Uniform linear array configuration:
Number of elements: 48
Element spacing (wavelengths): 1
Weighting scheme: exponential
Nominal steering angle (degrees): -45
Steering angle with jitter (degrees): -45.689
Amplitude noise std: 0.05
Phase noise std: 0.05

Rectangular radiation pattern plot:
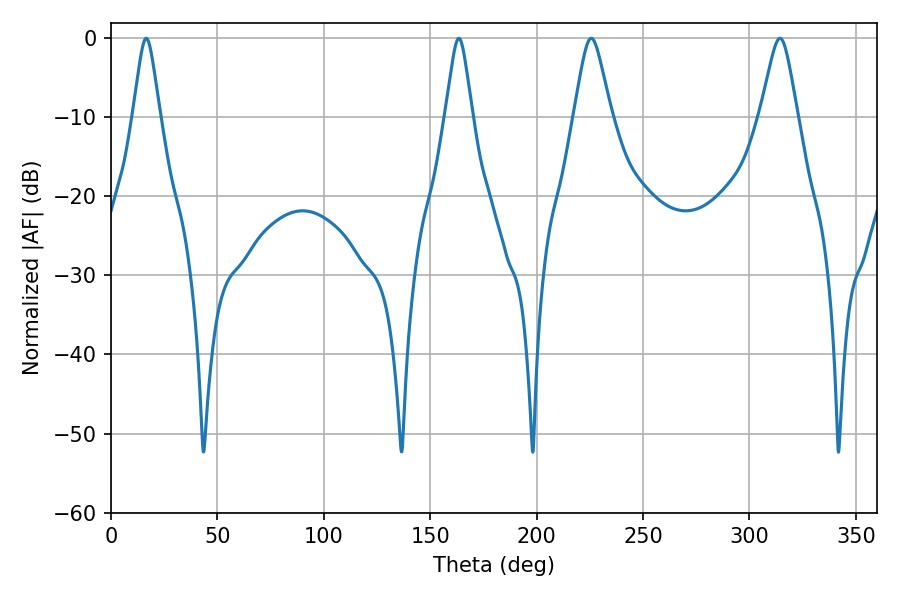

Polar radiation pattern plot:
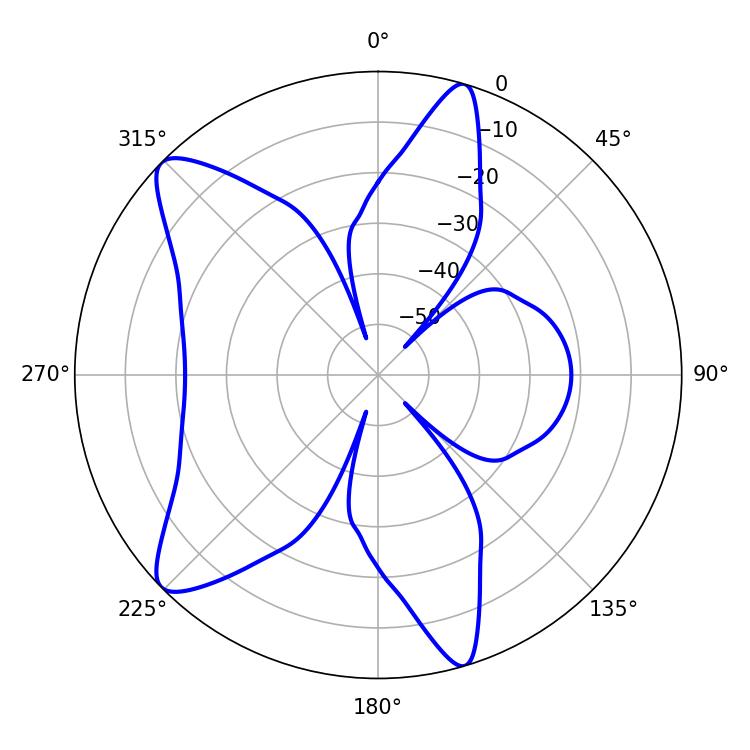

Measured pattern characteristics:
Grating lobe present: TRUE
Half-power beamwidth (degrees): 5.94
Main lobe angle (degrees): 16.56